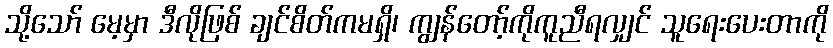
သို့သော် မေ့မှာ ဒီလိုဖြစ် ချင်စိတ်ကမရှိ၊ ကျွန်တော့်ကိုကူညီရလျှင် သူရေးပေးတာကို